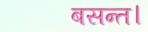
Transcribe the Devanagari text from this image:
बसन्त।